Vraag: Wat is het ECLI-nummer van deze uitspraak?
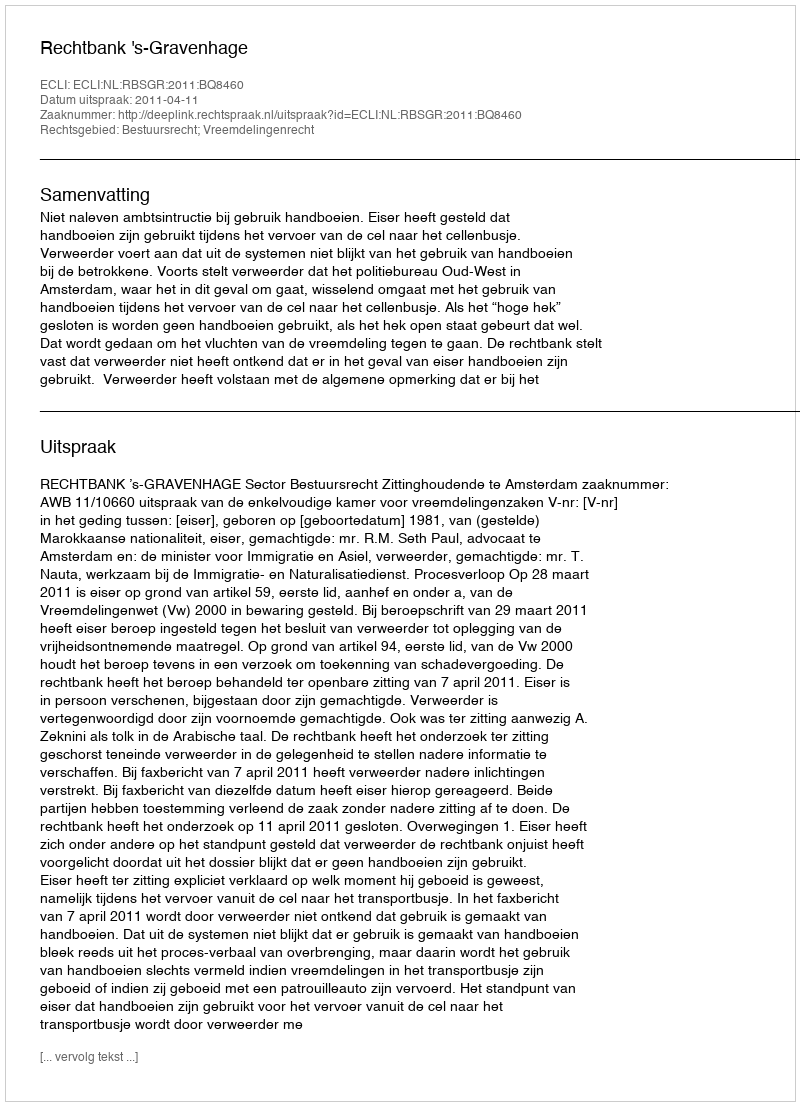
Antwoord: ECLI:NL:RBSGR:2011:BQ8460